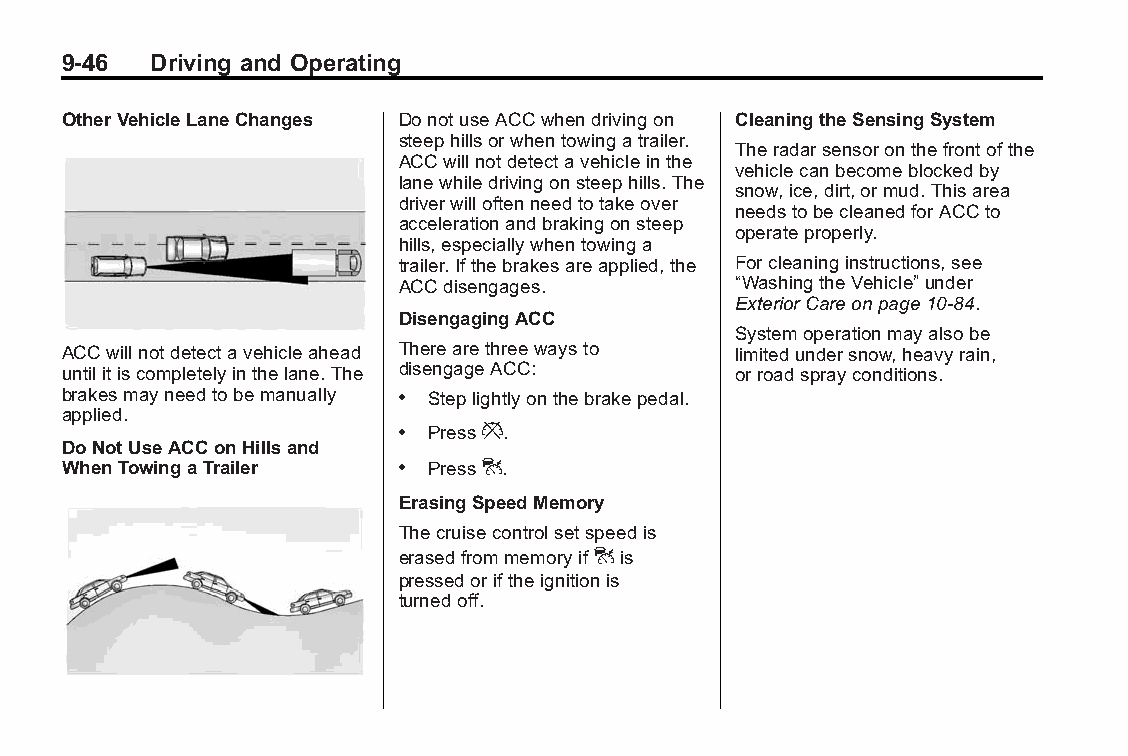
Buick LaCrosse Owner Manual (GMNA-Localizing-U.S./Canada/Mexico- Blackplate(46,1)
 6043609)-2014-2ndEdition-10/17/13
 9-46  Driving and Operating
 OtherVehicleLaneChanges DonotuseACCwhendrivingon CleaningtheSensingSystem
 steephillsorwhentowingatrailer.
 Theradarsensoronthefrontofthe
 ACCwillnotdetectavehicleinthe
 vehiclecanbecomeblockedby
 lanewhiledrivingonsteephills.The
 snow,ice,dirt,ormud.Thisarea
 driverwilloftenneedtotakeover
 needstobecleanedforACCto
 accelerationandbrakingonsteep
 operateproperly.
 hills,especiallywhentowinga
 trailer.Ifthebrakesareapplied,the Forcleaninginstructions,see
 ACCdisengages.        “WashingtheVehicle”under
 ExteriorCareonpage10-84.
 DisengagingACC
 Systemoperationmayalsobe
 ACCwillnotdetectavehicleahead Therearethreewaysto limitedundersnow,heavyrain,
 untilitiscompletelyinthelane.The disengageACC: orroadsprayconditions.
 brakesmayneedtobemanually . Steplightlyonthebrakepedal.
 applied.
 . Press*.
 DoNotUseACConHillsand
 WhenTowingaTrailer    . Press].
 ErasingSpeedMemory
 Thecruisecontrolsetspeedis
 erasedfrommemoryif]is
 pressedoriftheignitionis
 turnedoff.